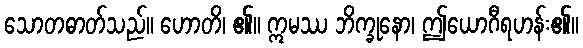
သောတဓာတ်သည်။ ဟောတိ၊ ၏။ ဣမဿ ဘိက္ခုနော၊ ဤယောဂီရဟန်း၏။